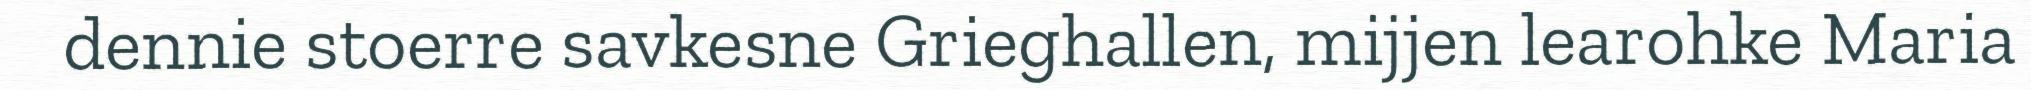
dennie stoerre savkesne Grieghallen, mijjen learohke Maria